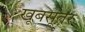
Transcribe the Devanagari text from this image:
खूबसूतर